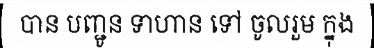
បាន បញ្ជូន ទាហាន ទៅ ចូលរួម ក្នុង